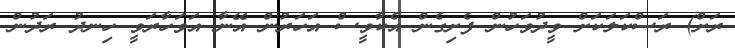
ރަށް) ރަސްކަލަކަށް ވީދުވަހުން ފެށިގެން އެކާވީސް އަހަރުން އޭނާ އަވަހާރަވީ ހިނދު ރަދުން